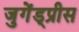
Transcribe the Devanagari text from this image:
जुगेंड्प्रीस